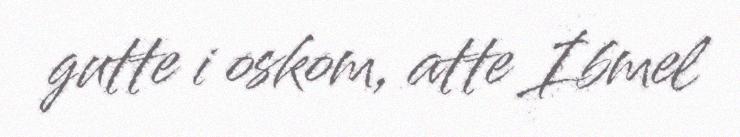
gutte i oskom, atte Ibmel